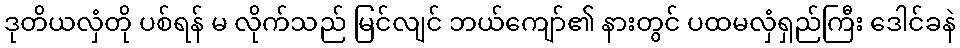
ဒုတိယလှံတို ပစ်ရန် မ လိုက်သည် မြင်လျင် ဘယ်ကျော်၏ နားတွင် ပထမလှံရှည်ကြီး ဒေါင်ခနဲ